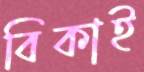
বিকাই